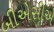
બીએસીએ